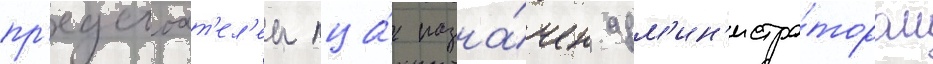
пр'едстоат'ел'ем пца́ назна́чен адм'ин'истра́тором